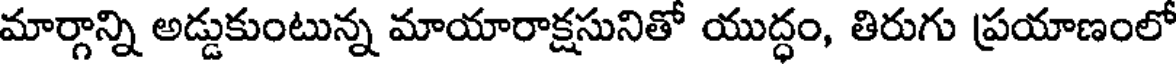
మార్గాన్ని అడ్డుకుంటున్న మాయారాక్షసునితో యుద్ధం, తిరుగు ప్రయాణంలో